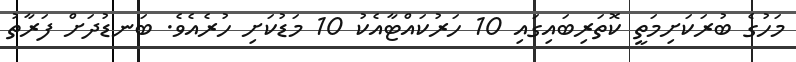
މަހުގެ ބުރަކަށިމަތީ ކޮތަރިބައިގައި 10 ހަރުކައްޓާއެކު 10 މަޑުކަށި ހުރެއެވެ. ބަނޑުދަށް ފަރާތު